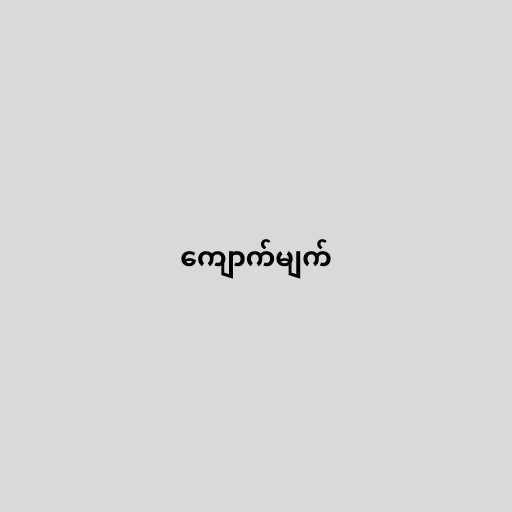
ကျောက်မျက်